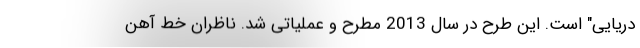
دریایی" است. این طرح در سال 2013 مطرح و عملیاتی شد. ناظران خط آهن